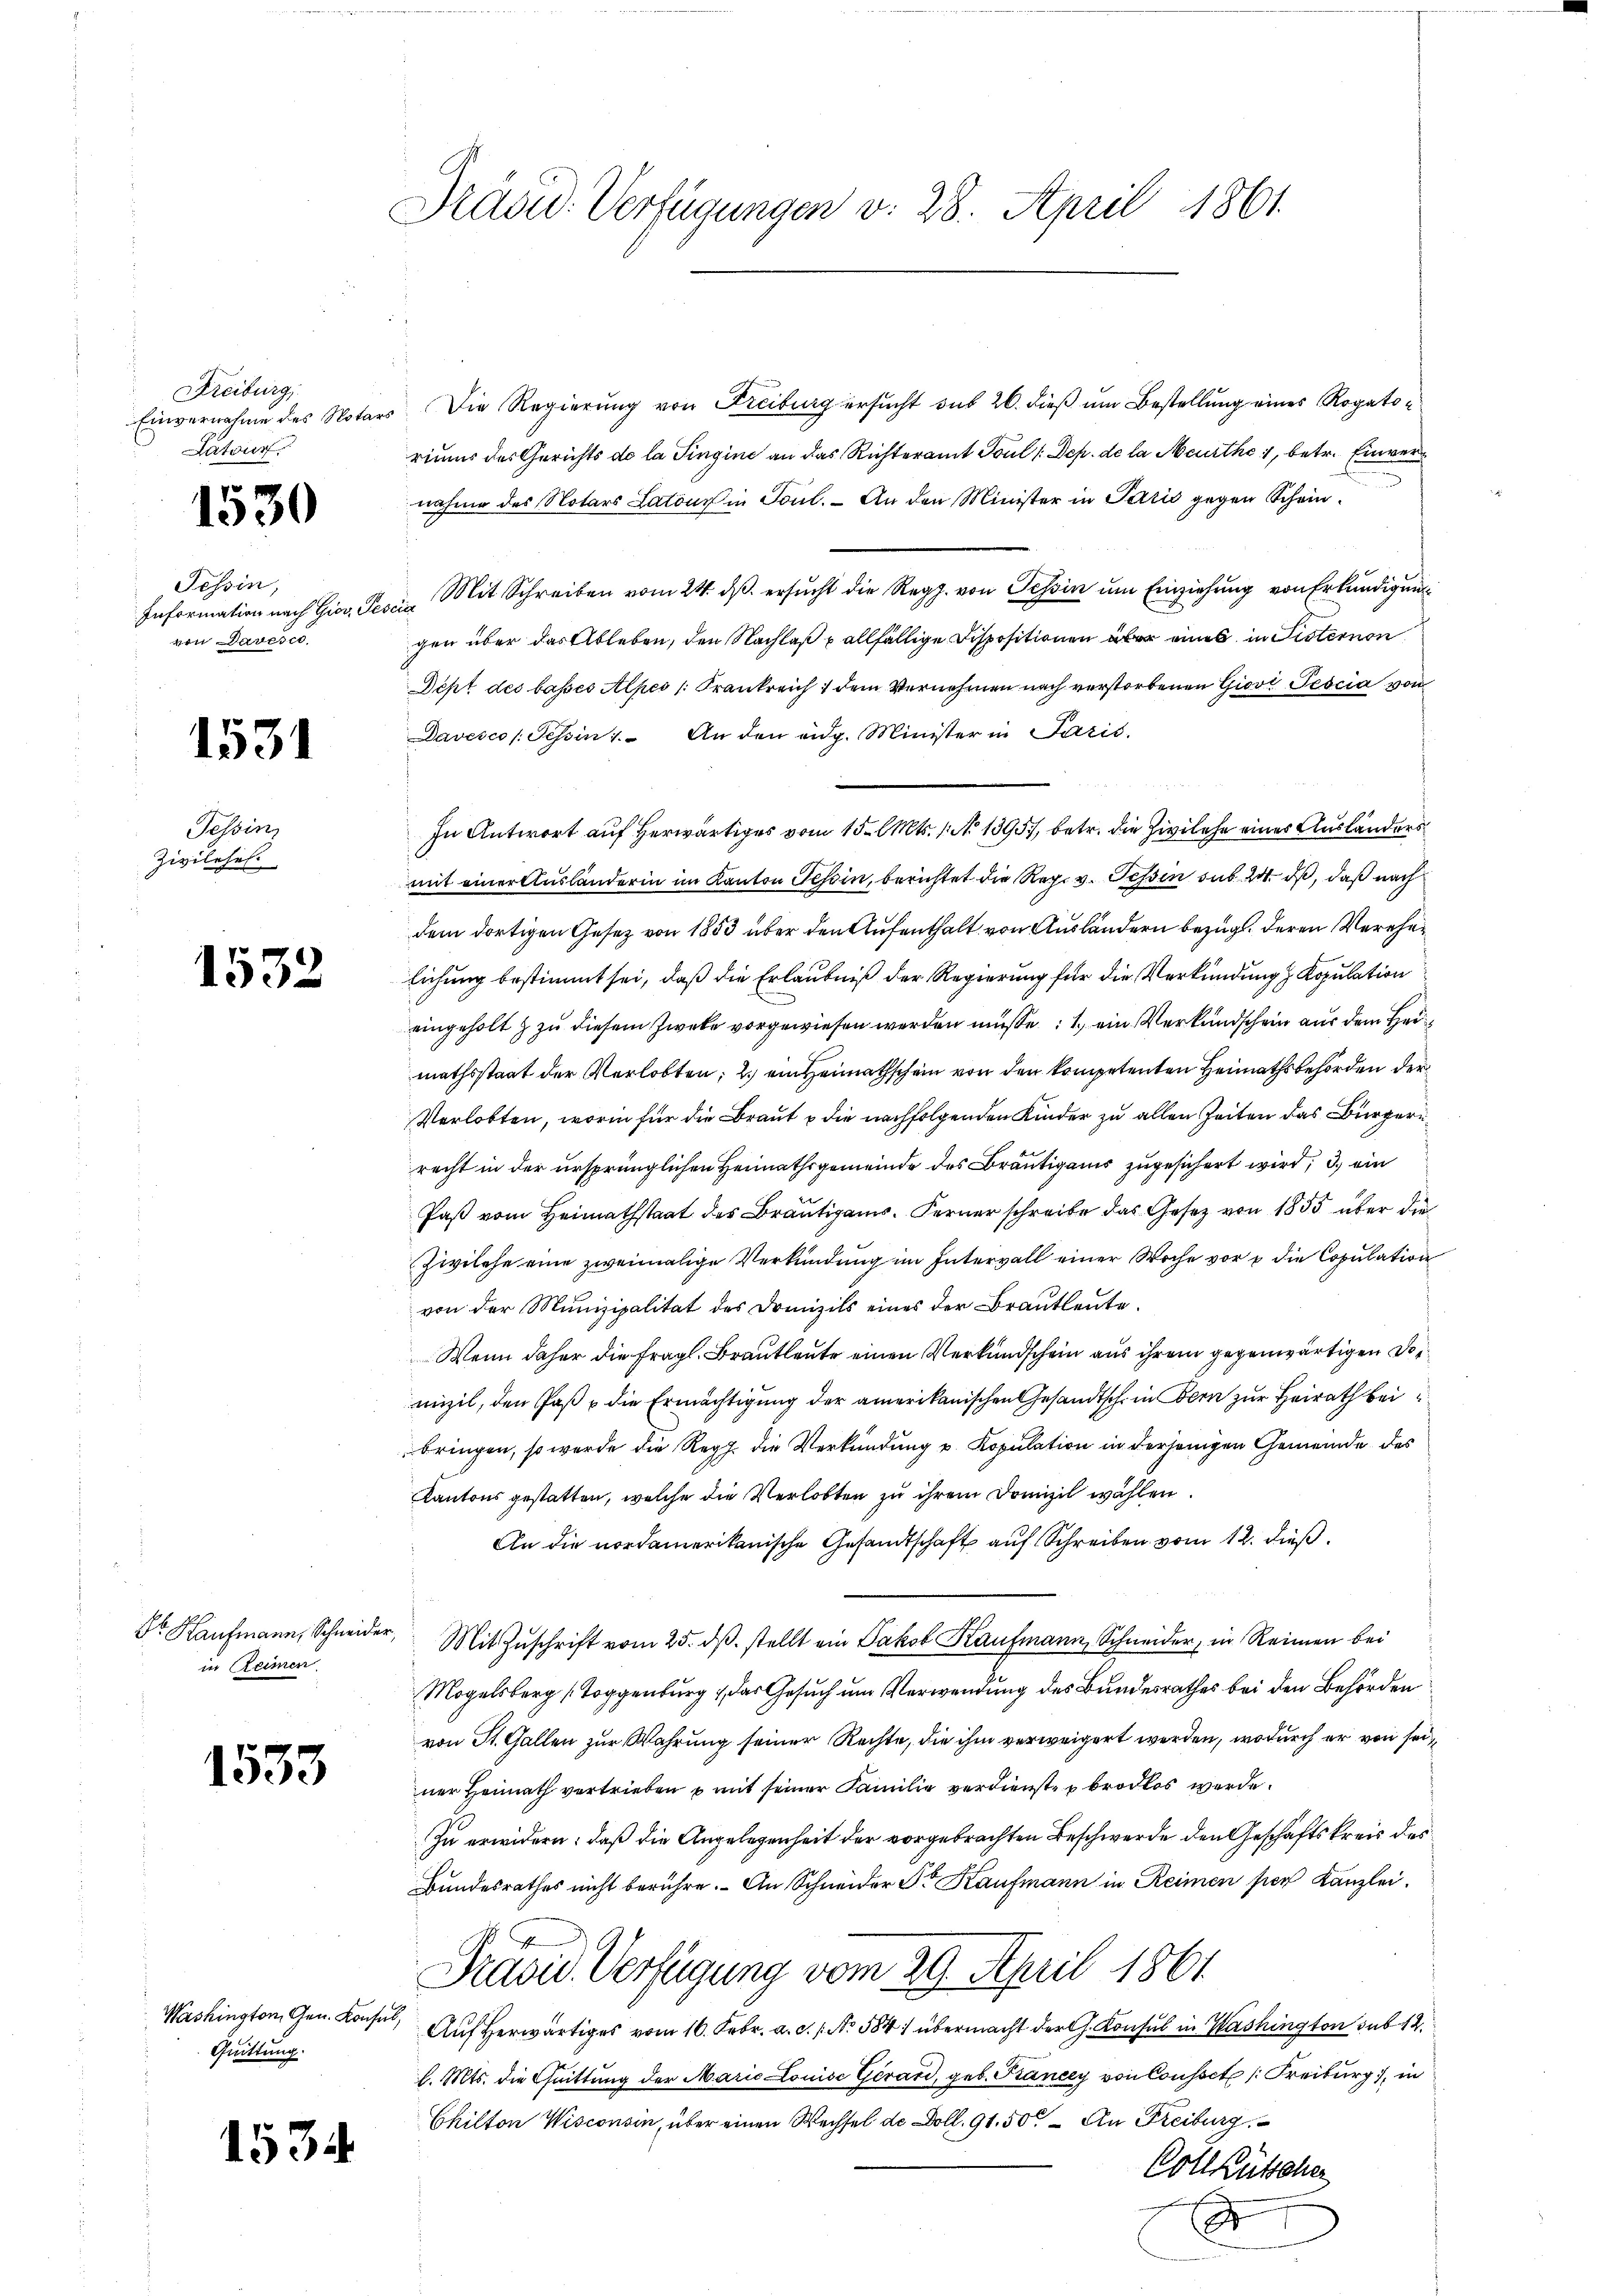
Freiburg,
Latour

1530

Tessin,
Information nach Gior, Pescia
von Dauesco.

1531

Tessin,
Zivilehen.

1532

in Reimen

1533

Quittung.

1534

Präsid. Verfügungen v. 28. April 1861.

Einvernahme des Notars. Die Regierung von Freiburg ersucht sub 20. dieß um Bestellung eines Rogatoriums des Gerichts de la Singine an das Richteramt Foul /:Dep. de la Meurthe 1, betr. Einvernahme des Notars Latour in Toul. – An den Minister in Paris gegen Schein¬
Mit Schreiben vom 24. ds. ersucht die Reg. von Tessin um Einziehung von Erkundigung
gen über das Ableben, den Nachlaß u allfällige Dispositionen über eines in Sisternon
Dept des basses Alpes /: Frankreich 1 dem Vernehmen nach verstorbenen Giovt Tescia von
Davesco /: Tessin. An den eidg. Minister in Paris.
In Antwort auf herwärtiges vom 15. Mts. 1. No 1395), betr. die Zivilehe eines Ausländers
mit einer Auslanderin im Kanton Tessin, berichtet die Reg. v. Tessin sub 20. ds, daß nach
dem dortigen Gesetz von 1853 über den Aufenthalt von Ausländern bezügl. deren Verehelichung bestimmt sei, daß die Erlaubniß der Regierung für die Verkündung Kopulation
eingeholt & zu diesem Zweke vorgewiesen werden müsse ein Verkundschein aus dem Heimathsstaat der Verlobten; 2.) ein Heimathschein von den kompetenten Heimathsbehörden der
Verlobten, worin für die Braut u die nachfolgenden Kinder zu allen Zeiten das Bürgerrecht in der ursprünglichen Heimathsgemeinde des Bräutigams zugesichert wird, d. ein
Paß vom Heimathstaat des Bräutigams. Ferner schreibe das Gesetz von 1855 über die
Zwilche eine zweimalige Verkündung im Intervall einer Woche vor die Copulation
von der Munizipalität des Domizils eines der Brautleute.
Wenn daher die fragl. Brautleute einen Verkundschein aus ihrem gegenwärtigen Demizil, den Paß & die Ermächtigung der amerikanischen Gesandtsch in Bern zur Heirath bei
bringen, so werde die Reg. die Verkündung u. Kopulation in derjenigen Gemeinde des
Kantons gestatten, welche die Verlobten zu ihrem Domizil wählen.
An die nordamerikanische Gesandtschaft auf Schreiben vom 12. dieß.
dr Kaufmann, Schneider, Mit Zŭschrift vom 25. dβ. stellt ein Jakob Kaufmann, Schneider, in Reinen bei
Mogelsberg (Toggenburg , das Gesuch um Verwendung des Bundesrathes bei den Behörden
von St. Gallen zur Wahrung seiner Rechte, die ihm verweigert werden, wodurch er von seiner Heimath vortrieben u mit seiner Familie verdienste brodlos werde.
Zu erwidern: daß die Angelegenheit der vorgebrachten Beschwerde den Geschäftskreis des
Bundesrathes nicht berühre. An Schneider Dr Kaufmann in Reimen hier Kanzlei.
Präsid. Verfügung vom 29. April 1861
Washington Gen. Konsul, Auf herwärtiges vom 16. Febr. a. d. 1. No. 584 übermacht der h. Konsul in Washington sub 12.
l. Mts. die Quittung der Maria Louise Gerard, geb. Krancey von Cousset Freiburg, in
Chilton Wisconsin, über einen Wechsel de Doll. 91. 50. – An Freiburg,
Cotlüttcher
d